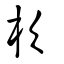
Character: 杴